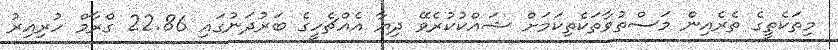
މިތަކެތީގެ ތެރެއިން މަސްތުވާތަކެތިކަމަށް ޝައްކުކުރެވޭ ދިޔާ އެއްޗެހީގެ ބަރުދަނުގައި 22.86 ގްރާމް ހުރިއިރު